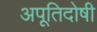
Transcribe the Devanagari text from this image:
अपूतिदोषी